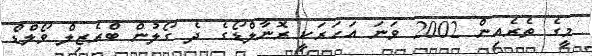
މީގެ ތެރެއިން 2002 ވަނަ އަހަރަކީ ރޮނާލްޑޯގެ ދެ ގޯލުން ބްރެޒިލް ވޯލްޑް